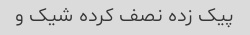
پیک زده نصف کرده شیک و